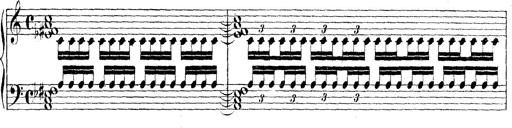
Title: Technische Studien
Composer: Franz Liszt